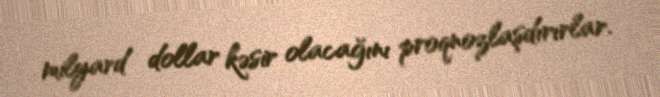
milyard dollar kəsir olacağını proqnozlaşdırırlar.